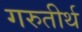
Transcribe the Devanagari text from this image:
गरुतीर्थ